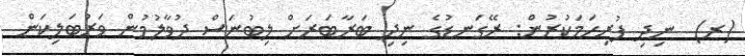
(ރ)  ނިދި ފުރިހަމަކުރުން: ރޭގަނޑުގެ ނިދި ބަރާބަރަށް ލިބުނަސް ދުވާލުމުން ވަރުބަލިކަން